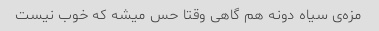
مزه‌ی سیاه دونه هم گاهی وقتا حس میشه که خوب نیست